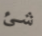
شئ